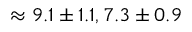
\approx 9 . 1 \pm 1 . 1 , 7 . 3 \pm 0 . 9